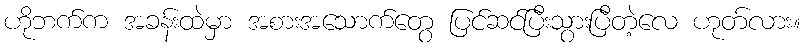
ဟိုဘက်က အခန်းထဲမှာ အစားအသောက်တွေ ပြင်ဆင်ပြီးသွားပြီတဲ့လေ ဟုတ်လား။